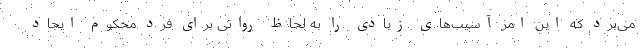
می‌برد که این امر آسیب‌های زیادی را به لحاظ روانی برای فرد محکوم ایجاد